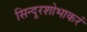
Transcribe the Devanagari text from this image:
सिन्दूरशोभाकरं